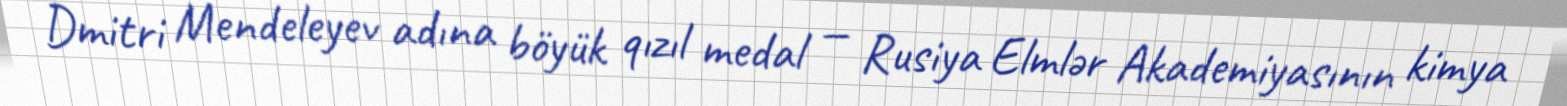
Dmitri Mendeleyev adına böyük qızıl medal — Rusiya Elmlər Akademiyasının kimya